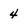
Character: 4